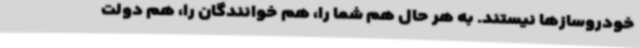
خودروساز‌ها نیستند. به هر حال هم شما را، هم خوانندگان را، هم دولت